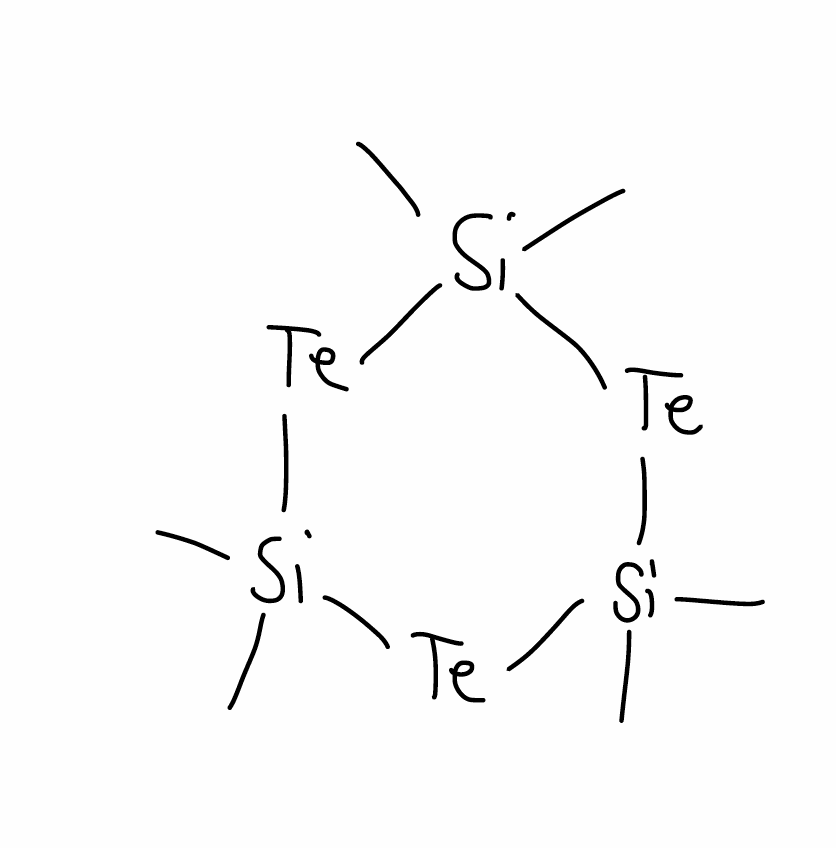
Simplified molecular-input line-entry system (SMILES) notation of the given molecule:
C[Si]1([Te][Si]([Te][Si]([Te]1)(C)C)(C)C)C